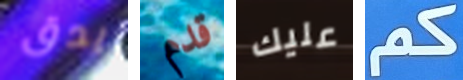
يدق قدم عليك كم